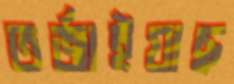
তর্জাইয়াছ